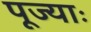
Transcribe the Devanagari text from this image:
पूज्याः